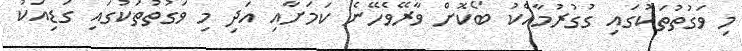
މި ވަގުތުތަކުގައި ގުގުރުމާއެކު ބޯކޮށް ވާރޭވެހޭނެ ކަމަށާއި އަދި މި ވަގުތުތަކުގައި ގަޑިއަކު